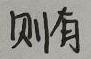
则有